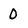
Character: 0